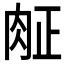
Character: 𰮖